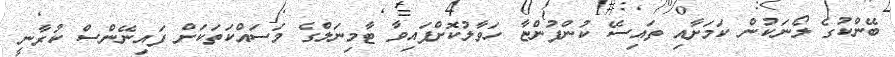
ބޭންކުގެ ލޯނަކުން ކަމަށާއި ތައިސޭ ކުންފުންޏާ ހަވާލުކޮށްފައިވާ ޓާމިނަލްގެ މަސައްކަތަކަށް ފައިނޭންސް ކުރާނީ